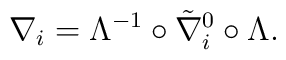
\nabla_i=\Lambda^{-1}\circ\tilde\nabla_i^0\circ\Lambda.